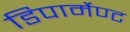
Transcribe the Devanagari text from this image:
डिपार्मेण्ट